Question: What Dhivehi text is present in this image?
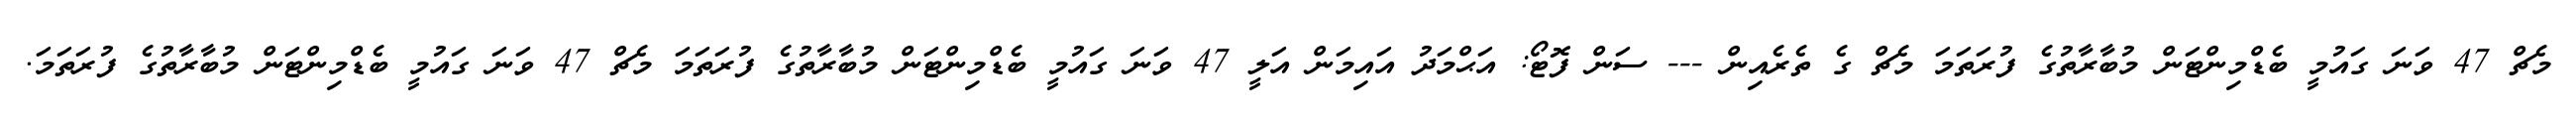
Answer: މެޗް 47 ވަނަ ގައުމީ ބެޑްމިންޓަން މުބާރާތުގެ ފުރަތަމަ މެޗް ގެ ތެރެއިން --- ސަން ފޮޓޯ: އަޙްމަދު އައިމަން އަލީ 47 ވަނަ ގައުމީ ބެޑްމިންޓަން މުބާރާތުގެ ފުރަތަމަ މެޗް 47 ވަނަ ގައުމީ ބެޑްމިންޓަން މުބާރާތުގެ ފުރަތަމަ.